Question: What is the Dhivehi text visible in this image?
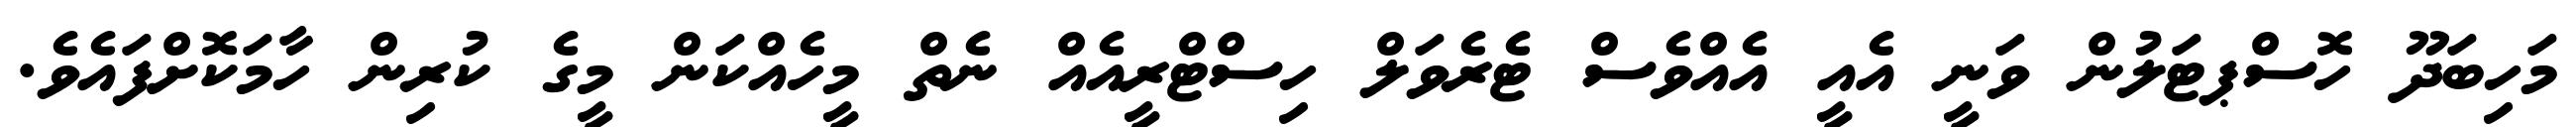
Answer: މަހިބަދޫ ހޮސްޕޓަލުން ވަނީ އެއީ އެއްވެސް ޓެރެވަލް ހިސްޓްރީއެއް ނެތް މީހެއްކަން މީގެ ކުރިން ހާމަކޮށްފައެވެ.